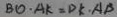
B O \cdot A K = D K \cdot A B